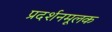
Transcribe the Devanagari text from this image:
प्रदर्शनमूलक